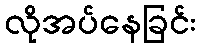
လိုအပ်နေခြင်း